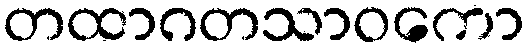
တထာဂတသာဝကော